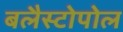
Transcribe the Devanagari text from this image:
बलैस्टोपोल